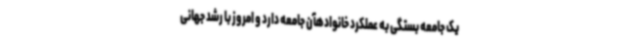
یک جامعه بستگی به عملکرد خانوادهآن جامعه دارد و امروز با رشد جهانی